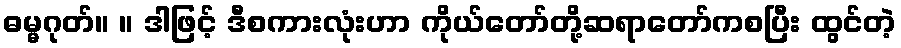
ဓမ္မဂုတ်။ ။ ဒါဖြင့် ဒီစကားလုံးဟာ ကိုယ်တော်တို့ဆရာတော်ကစပြီး ထွင်တဲ့